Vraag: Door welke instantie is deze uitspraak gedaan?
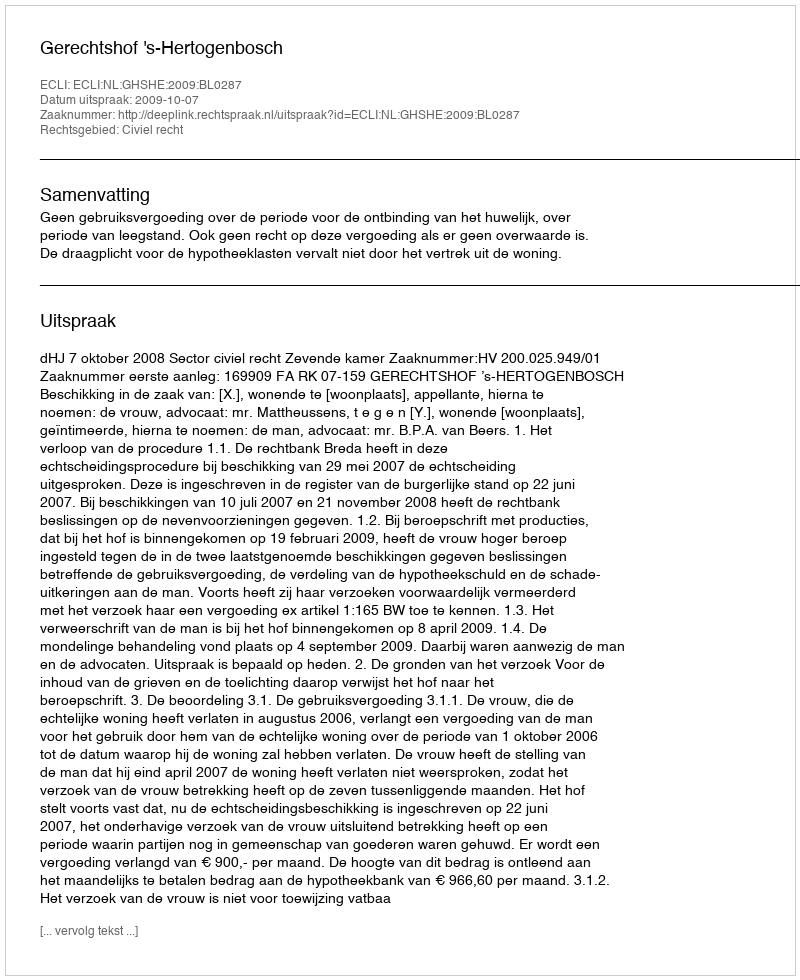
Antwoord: Gerechtshof 's-Hertogenbosch